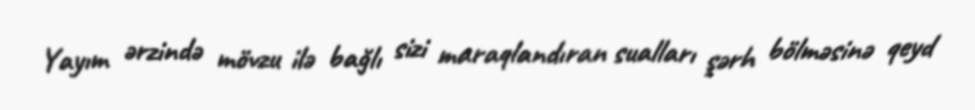
Yayım ərzində mövzu ilə bağlı sizi maraqlandıran sualları şərh bölməsinə qeyd